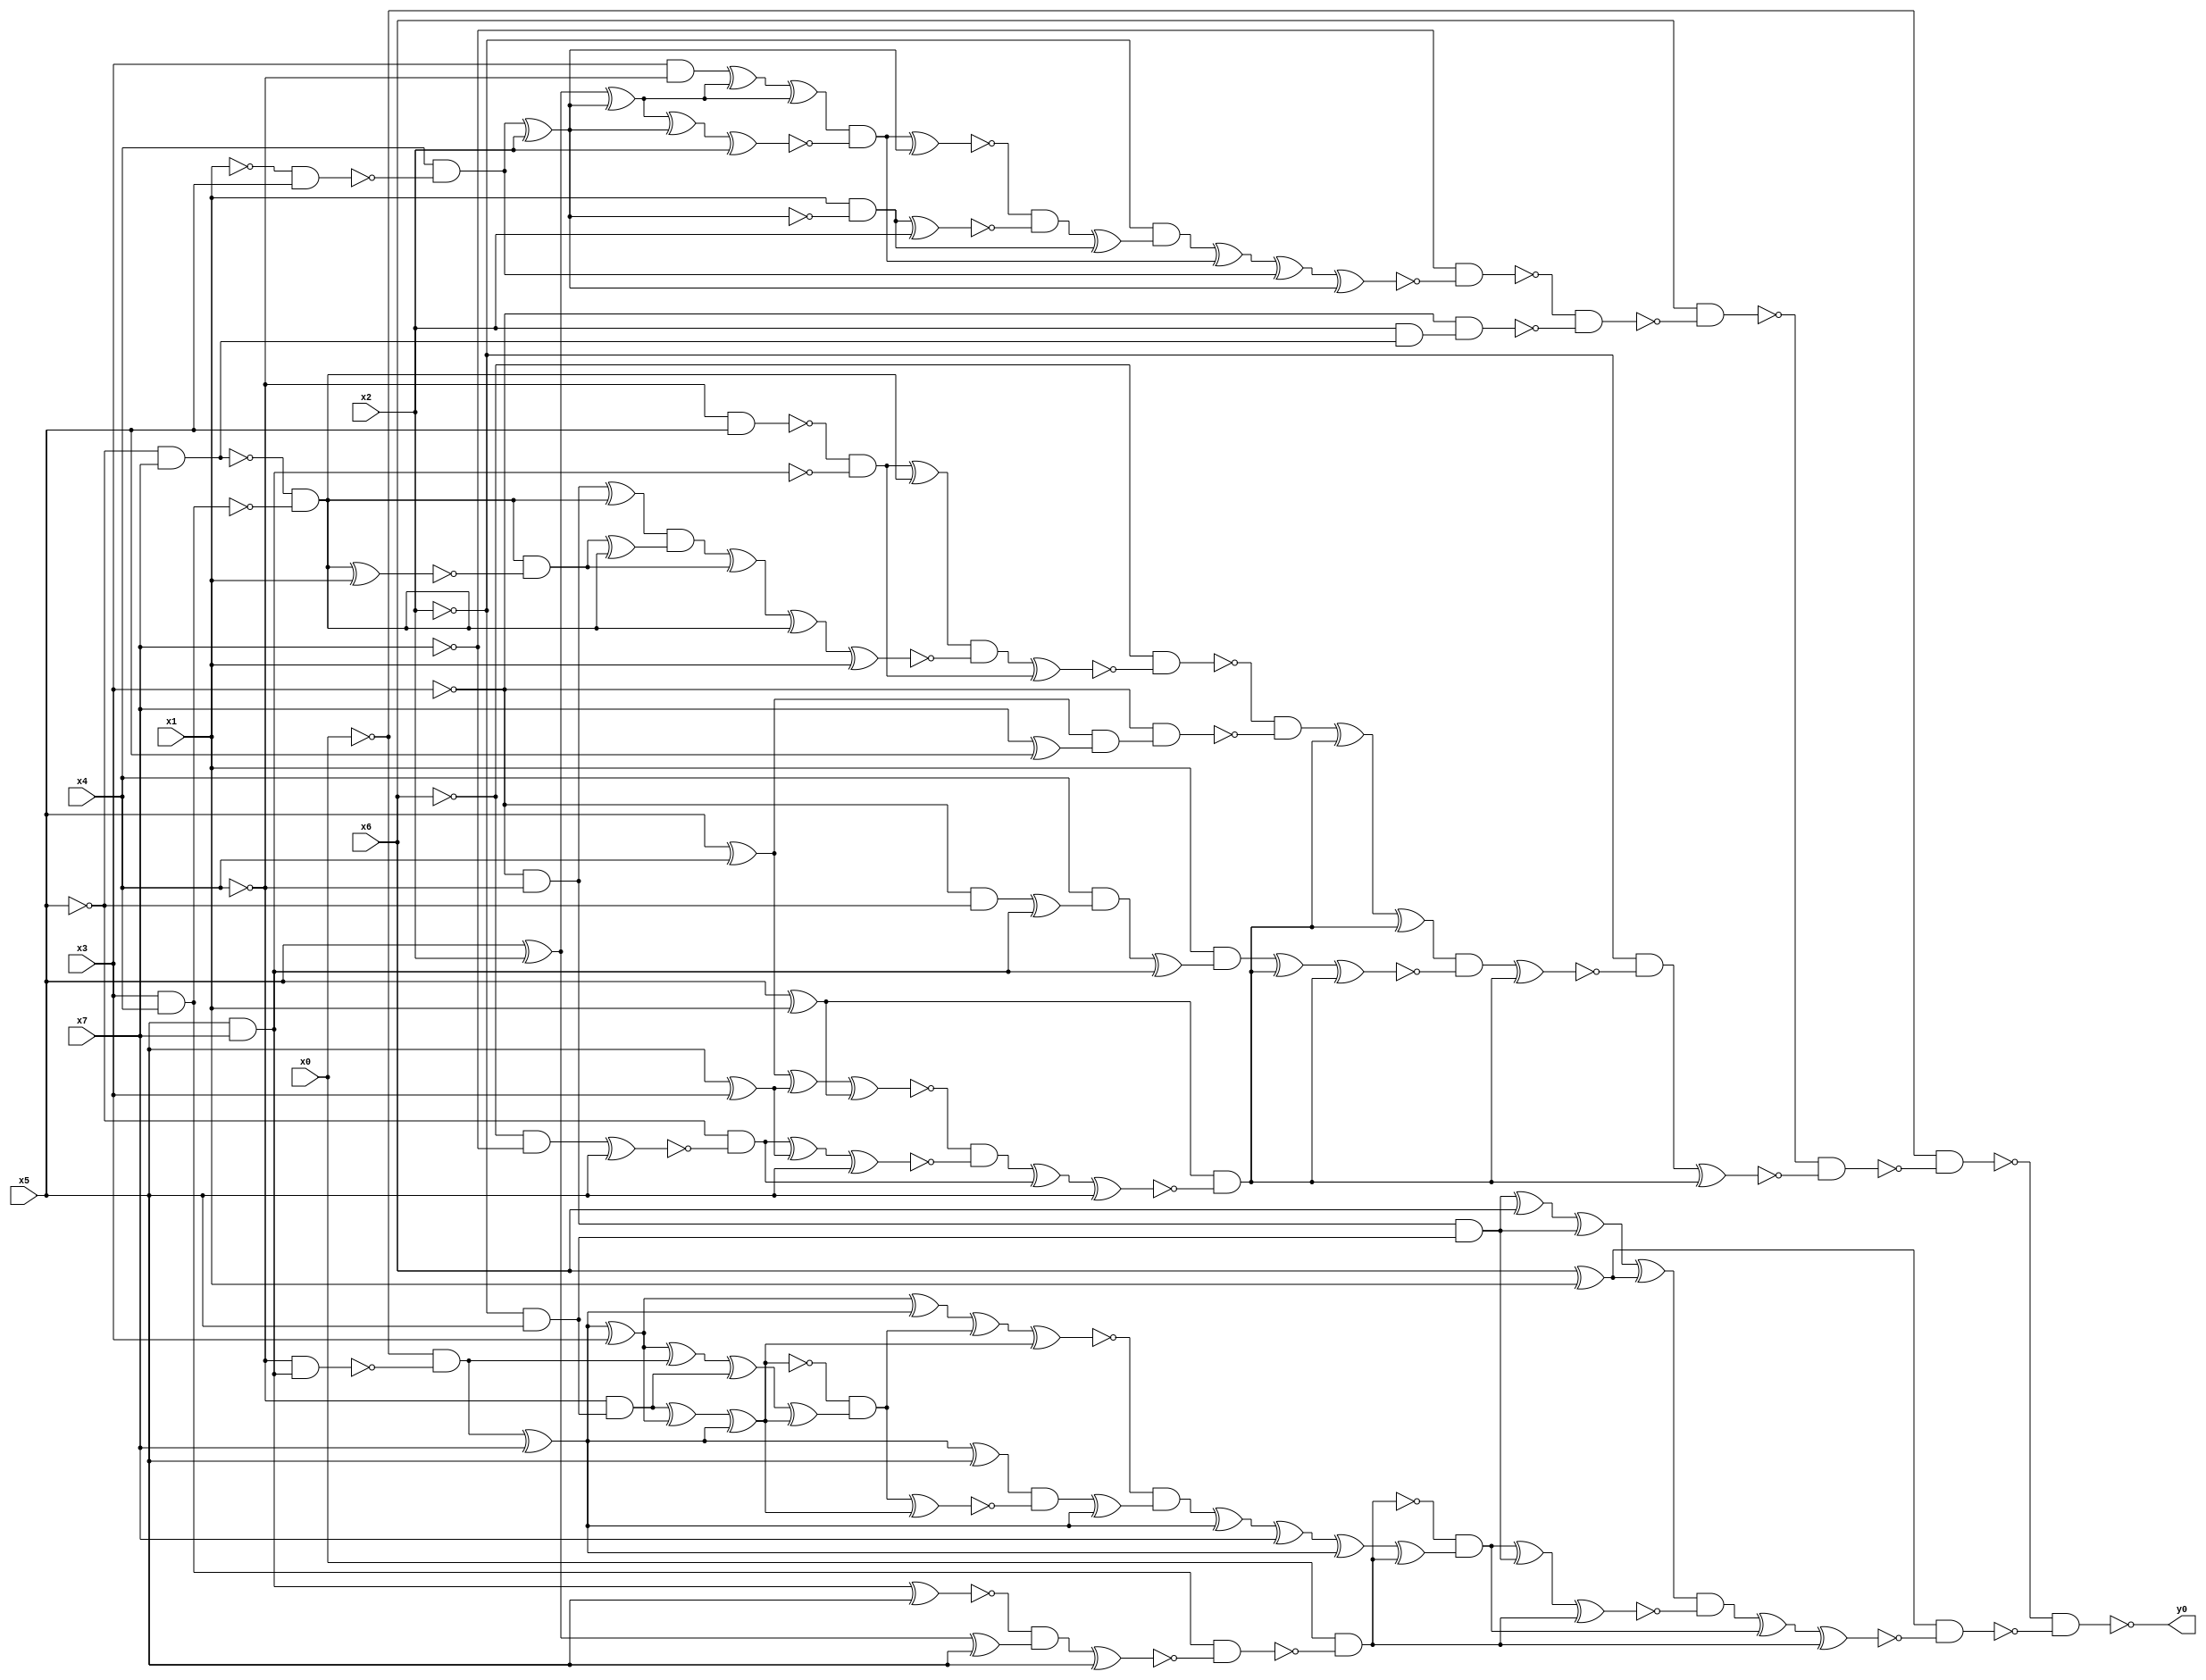
module top( x0 , x1 , x2 , x3 , x4 , x5 , x6 , x7 , y0 );
  input x0 , x1 , x2 , x3 , x4 , x5 , x6 , x7 ;
  output y0 ;
  wire n9 , n10 , n11 , n12 , n13 , n14 , n15 , n16 , n17 , n18 , n19 , n20 , n21 , n22 , n23 , n24 , n25 , n26 , n27 , n28 , n29 , n30 , n31 , n32 , n33 , n34 , n35 , n36 , n37 , n38 , n39 , n40 , n41 , n42 , n43 , n44 , n45 , n46 , n47 , n48 , n49 , n50 , n51 , n52 , n53 , n54 , n55 , n56 , n57 , n58 , n59 , n60 , n61 , n62 , n63 , n64 , n65 , n66 , n67 , n68 , n69 , n70 , n71 , n72 , n73 , n74 , n75 , n76 , n77 , n78 , n79 , n80 , n81 , n82 , n83 , n84 , n85 , n86 , n87 , n88 , n89 , n90 , n91 , n92 , n93 , n94 , n95 , n96 , n97 , n98 , n99 , n100 , n101 , n102 , n103 , n104 , n105 , n106 , n107 , n108 , n109 , n110 , n111 , n112 , n113 , n114 , n115 , n116 , n117 , n118 , n119 , n120 , n121 , n122 , n123 , n124 , n125 , n126 , n127 , n128 ;
  assign n14 = x3 & ~x4 ;
  assign n12 = x5 ^ x2 ;
  assign n9 = ~x1 & x5 ;
  assign n10 = x4 & ~n9 ;
  assign n11 = n10 ^ x2 ;
  assign n13 = n12 ^ n11 ;
  assign n15 = n14 ^ n13 ;
  assign n16 = n15 ^ n13 ;
  assign n17 = n13 ^ n11 ;
  assign n18 = n17 ^ x2 ;
  assign n19 = n16 & ~n18 ;
  assign n20 = n19 ^ n11 ;
  assign n21 = x1 & ~n11 ;
  assign n22 = n21 ^ x2 ;
  assign n23 = ~n20 & ~n22 ;
  assign n24 = n23 ^ n21 ;
  assign n25 = ~x2 & n24 ;
  assign n26 = n25 ^ n19 ;
  assign n27 = n26 ^ n10 ;
  assign n28 = n27 ^ n11 ;
  assign n29 = ~x7 & ~n28 ;
  assign n30 = ~x5 & x7 ;
  assign n31 = x2 & n30 ;
  assign n32 = ~x3 & n31 ;
  assign n33 = ~n29 & ~n32 ;
  assign n34 = x6 & ~n33 ;
  assign n51 = ~x4 & x5 ;
  assign n52 = x5 & x7 ;
  assign n53 = ~n51 & ~n52 ;
  assign n49 = x3 & x4 ;
  assign n50 = ~n30 & ~n49 ;
  assign n54 = n53 ^ n50 ;
  assign n55 = ~x3 & ~x4 ;
  assign n56 = n55 ^ n50 ;
  assign n57 = n50 ^ x1 ;
  assign n58 = n50 & ~n57 ;
  assign n59 = n58 ^ n50 ;
  assign n60 = n56 & n59 ;
  assign n61 = n60 ^ n58 ;
  assign n62 = n61 ^ n50 ;
  assign n63 = n62 ^ x1 ;
  assign n64 = n54 & ~n63 ;
  assign n65 = n64 ^ n53 ;
  assign n66 = ~x6 & ~n65 ;
  assign n37 = x5 ^ x4 ;
  assign n67 = x7 ^ x5 ;
  assign n68 = n37 & n67 ;
  assign n69 = ~x3 & n68 ;
  assign n70 = ~n66 & ~n69 ;
  assign n35 = x5 ^ x1 ;
  assign n36 = x5 ^ x3 ;
  assign n38 = n37 ^ n36 ;
  assign n39 = n38 ^ n35 ;
  assign n40 = ~x6 & ~x7 ;
  assign n41 = n40 ^ x5 ;
  assign n42 = ~x5 & ~n41 ;
  assign n43 = n42 ^ n36 ;
  assign n44 = n43 ^ x5 ;
  assign n45 = ~n39 & ~n44 ;
  assign n46 = n45 ^ n42 ;
  assign n47 = n46 ^ x5 ;
  assign n48 = n35 & ~n47 ;
  assign n71 = n70 ^ n48 ;
  assign n72 = n71 ^ n48 ;
  assign n73 = ~x3 & ~x5 ;
  assign n74 = n73 ^ n52 ;
  assign n75 = x4 & n74 ;
  assign n76 = n75 ^ n52 ;
  assign n77 = x1 & n76 ;
  assign n78 = n77 ^ n48 ;
  assign n79 = n78 ^ n48 ;
  assign n80 = n72 & ~n79 ;
  assign n81 = n80 ^ n48 ;
  assign n82 = ~x2 & ~n81 ;
  assign n83 = n82 ^ n48 ;
  assign n84 = ~n34 & ~n83 ;
  assign n85 = ~x0 & ~n84 ;
  assign n86 = x6 ^ x1 ;
  assign n87 = ~x2 & x5 ;
  assign n88 = n55 & n87 ;
  assign n89 = n88 ^ x6 ;
  assign n90 = n89 ^ n88 ;
  assign n91 = n90 ^ n86 ;
  assign n92 = n52 ^ x5 ;
  assign n93 = n12 ^ x5 ;
  assign n94 = ~n92 & n93 ;
  assign n95 = n94 ^ x5 ;
  assign n96 = n49 & ~n95 ;
  assign n97 = x0 & ~n96 ;
  assign n98 = ~x4 & n52 ;
  assign n99 = ~x0 & ~n98 ;
  assign n100 = n99 ^ x7 ;
  assign n101 = n100 ^ x3 ;
  assign n109 = n101 ^ n100 ;
  assign n102 = ~x4 & n87 ;
  assign n103 = n102 ^ n101 ;
  assign n104 = n103 ^ n100 ;
  assign n105 = n101 ^ n99 ;
  assign n106 = n105 ^ n102 ;
  assign n107 = n106 ^ n104 ;
  assign n108 = ~n104 & n107 ;
  assign n110 = n109 ^ n108 ;
  assign n111 = n110 ^ n104 ;
  assign n112 = n100 ^ x5 ;
  assign n113 = n108 ^ n104 ;
  assign n114 = n112 & ~n113 ;
  assign n115 = n114 ^ n100 ;
  assign n116 = ~n111 & n115 ;
  assign n117 = n116 ^ n100 ;
  assign n118 = n117 ^ x7 ;
  assign n119 = n118 ^ n100 ;
  assign n120 = n119 ^ n97 ;
  assign n121 = ~n97 & n120 ;
  assign n122 = n121 ^ n88 ;
  assign n123 = n122 ^ n97 ;
  assign n124 = n91 & ~n123 ;
  assign n125 = n124 ^ n121 ;
  assign n126 = n125 ^ n97 ;
  assign n127 = n86 & ~n126 ;
  assign n128 = ~n85 & ~n127 ;
  assign y0 = ~n128 ;
endmodule